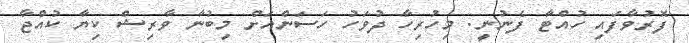
ފޮރުވާފައި ހުއްޓާ ފެނުނީ. މިހުރިހާ ދުވަހު ހަސަންއަށް މިބުނާ ވާރިޝް ކިޔާ ކުއްޖާ